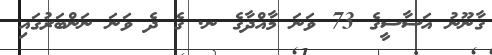
ގާނޫނު އަސާސީގެ 73 ވަނަ މާއްދާގެ ނ. ގެ ދެ ވަނަ ނަންބަރުގައި